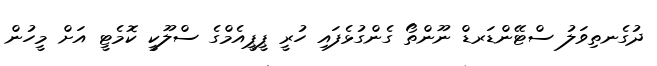
ދުގެނތިވަލު ސްޓޭންޑަރޑް ނޫންތޯ ގެންގުޅެފައި ހުރީ ޕީޕީއެމްގެ ސްލޫކީ ކޮމެޓީ އަށް މީހުން